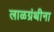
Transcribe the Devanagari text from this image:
लाळग्रंथीना